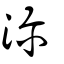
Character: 沴